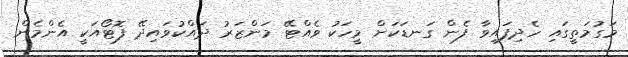
މަގުމަތީގައި ހެދިފައިވާ ފެން ގަނޑަކަށް މީހަކު ވެއްޓޭ މަންޒަރު ދައްކުވައިދޭ ފޮޓޯއަކީ އެންމެން